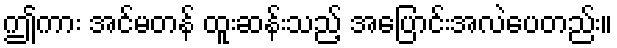
ဤကား အင်မတန် ထူးဆန်းသည့် အပြောင်းအလဲပေတည်း။